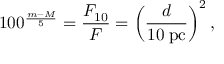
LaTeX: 1 0 0 ^ { \frac { m - M } { 5 } } = { \frac { F _ { 1 0 } } { F } } = \left( { \frac { d } { 1 0 \; \mathrm { p c } } } \right) ^ { 2 } ,